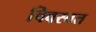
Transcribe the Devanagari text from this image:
विवस्वत